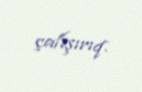
çalışırıq.